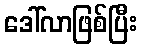
ဒေါ်လာဖြစ်ပြီး